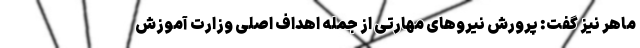
ماهر نیز گفت: پرورش نیروهای مهارتی از جمله اهداف‌ اصلی وزارت آموزش